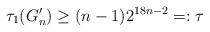
LaTeX: \begin{align*}\tau_{1}(G_n') \ge (n-1)2^{18n-2}=:\tau\end{align*}